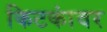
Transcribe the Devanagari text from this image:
किटकांवर